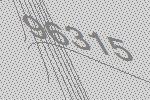
96315